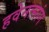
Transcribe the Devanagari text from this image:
हवेनत्सांग